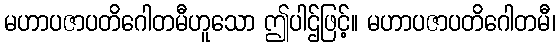
မဟာပဇာပတိဂေါတမီဟူသော ဤပါဌ်ဖြင့်။ မဟာပဇာပတိဂေါတမီ၊